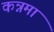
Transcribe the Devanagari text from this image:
कन्नमा